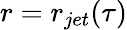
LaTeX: r=r_{jet}(\tau)